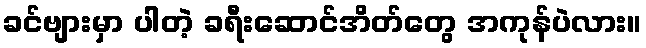
ခင်ဗျားမှာ ပါတဲ့ ခရီးဆောင်အိတ်တွေ အကုန်ပဲလား။